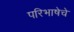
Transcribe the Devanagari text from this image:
परिभाषेचे